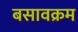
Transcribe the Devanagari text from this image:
बसावक्रम